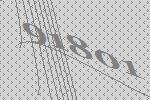
91801